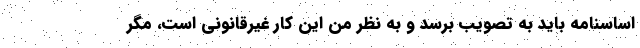
اساسنامه باید به تصویب برسد و به نظر من این کار غیرقانونی است، مگر